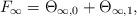
LaTeX: \begin{align*}F_{\infty} = \Theta_{\infty, 0} + \Theta_{\infty, 1},\end{align*}